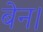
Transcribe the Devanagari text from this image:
बेन।